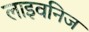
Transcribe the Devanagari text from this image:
लाइवनिज